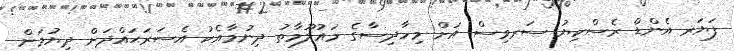
ފަޔަރ އެންޑް ރެސްކިޔު ސަރވިސް އަށް މިހާދިސާގެ މައުލޫމާތު ދިނުމާއެކު އެސަރަޙައްދަށް ދިޔުމަށް